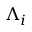
\Lambda _ { i }